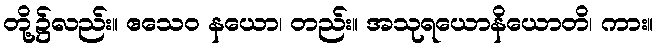
တို့၌လည်း။ ဧသေဝ နယော၊ တည်း။ အသုရယောနိယောတိ၊ ကား။